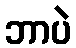
ဘာပဲ